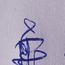
Signature authenticity: genuine